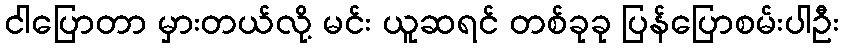
ငါပြောတာ မှားတယ်လို့ မင်း ယူဆရင် တစ်ခုခု ပြန်ပြောစမ်းပါဦး